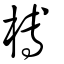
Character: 榑